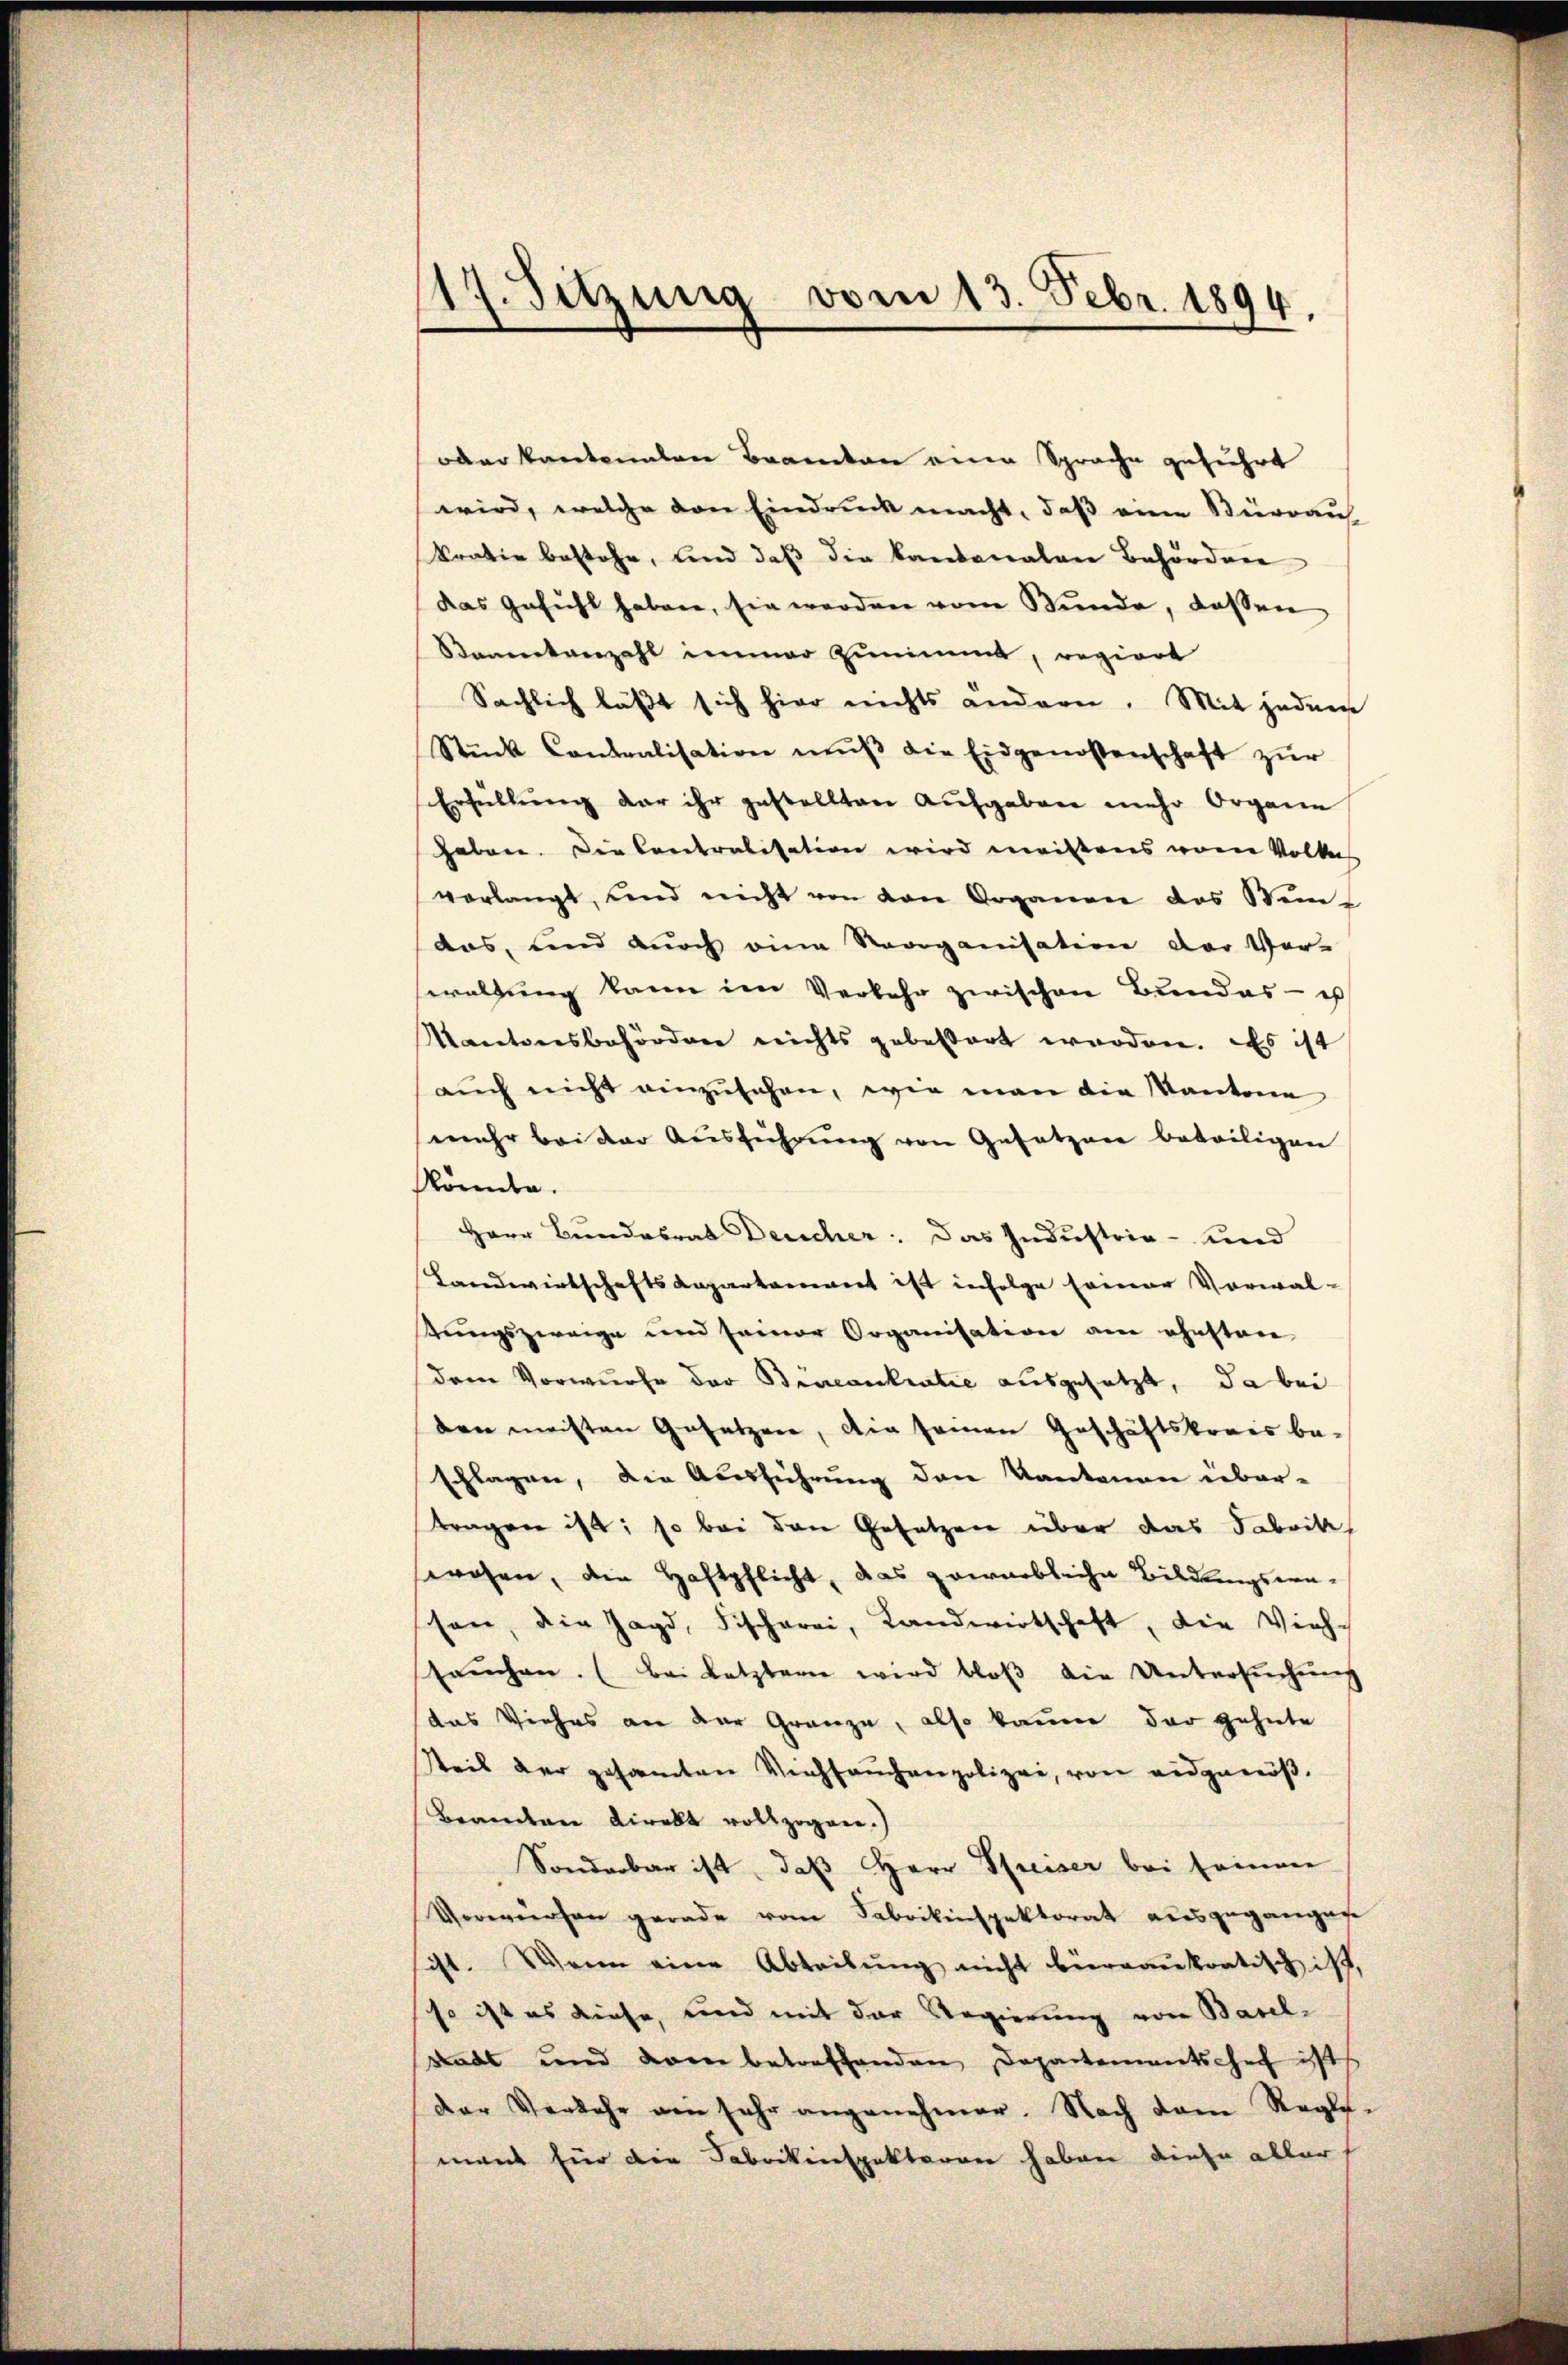
17. Sitzung vom 13. Febr. 1894.

oder kantonalen Beamten eine Sprache geführt
wird, welche den Eindruck macht, daß eine Bürraus,
krativ bestehe, und daß die kantonalen Behörden
das Gefühl haben, sie werden vom Bunde, dassen
Staatenzahl immer zunimmt, regiert
Sächlich läßt sich hier nichts andern. Mit jedem
Stück Contralisation mŭβ die Eidgenossenschaft zŭr
Erfüllung dar ihr gestellten Aufgaben mehr Organe
haben. Die Contralisation wird meistens vom Volkes
verlangt, und nicht von den Organen des Stein-
das, und durch eine Reorganisation der Ver-
waltung kann im Verkehr zwischen Bundes- u
Kantonsbehörden nichts gebettert worden. Es ist
aŭch nicht einzusehen, wie man die Kantone
mehr bei der Aŭsführŭng von Gesetzen beteiligen
könnte.
Herr Bundesrat Deucher. Das Industria - und
Landwirtschaftsaepartement ist infolge seiner Vorwal-
Krungszweige und seiner Organisation am ehestere
dem Vorwurfe der Bincenkratie ausgesetzt, da bei
den meisten Gesetzen, die seien Geschäftskreis beschlagen, die Aberführung den Kantonen über-
tragen ist; so bei den Gesetzen über das Fabrik
srohen, die Haftpflicht, das gewerbliche Bildungswesen, die Jagd, Fischerei, Landwirtschaft, die Vieh-
saŭchen. (bei Letztern wird bloß die Untersuchung
das Viehes an der Gränze, also kaum der gehnte
steil der gesamten Viehseuchenpolizei, von eidgenöß¬
Beamten Direkt vollzogen.)
Sonderbar ist, daß Herr Preiser bei seinen
Vorwürfen gerade vom Fabrikinspektorat ausgegangen
sist. Wann eine Abteilung nicht hieraaukratisch ist,
so ist es diese, und mit der Regierung von Basel-
Stadt und von betreffenden Departementschef ist
der Verkehr ain sehr angenehmer. Nach dem Regle-
mant für die Fabrikinspektoren haben diese aller